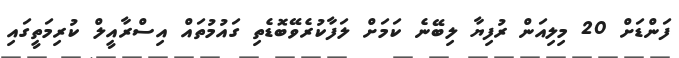
ފަންޑަށް 20 މިލިއަން ރުފިޔާ ލިބޭނެ ކަމަށް ލަފާކުރެވޭބޮޑެތި ގައުމުތައް އިސްރާއީލް ކުރިމަތީގައި